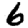
Digit: 6